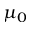
\mu _ { 0 }